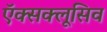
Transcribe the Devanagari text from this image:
ऍक्सक्लूसिव